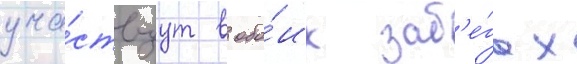
уча́ствуут в обо́их заб'е́гах